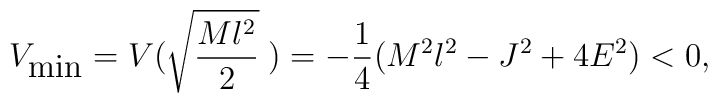
V_{\mbox{min}}=V(\sqrt{\frac{Ml^2}{2}}\;)=-\frac{1}{4}(M^2l^2-J^2+4E^2)<0,